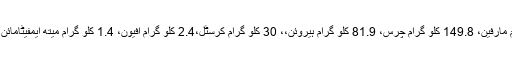
برآمد شدہ منشیات میں 816 کلو گرام مارفین، 149.8 کلو گرام چرس، 81.9 کلو گرام ہیروئن،، 30 کلو گرام کرسٹل،2.4 کلو گرام افیون، 1.4 کلو گرام میتھ ایمفیٹامائن اور 935 گرام ایمفیٹامائن شامل ہے۔